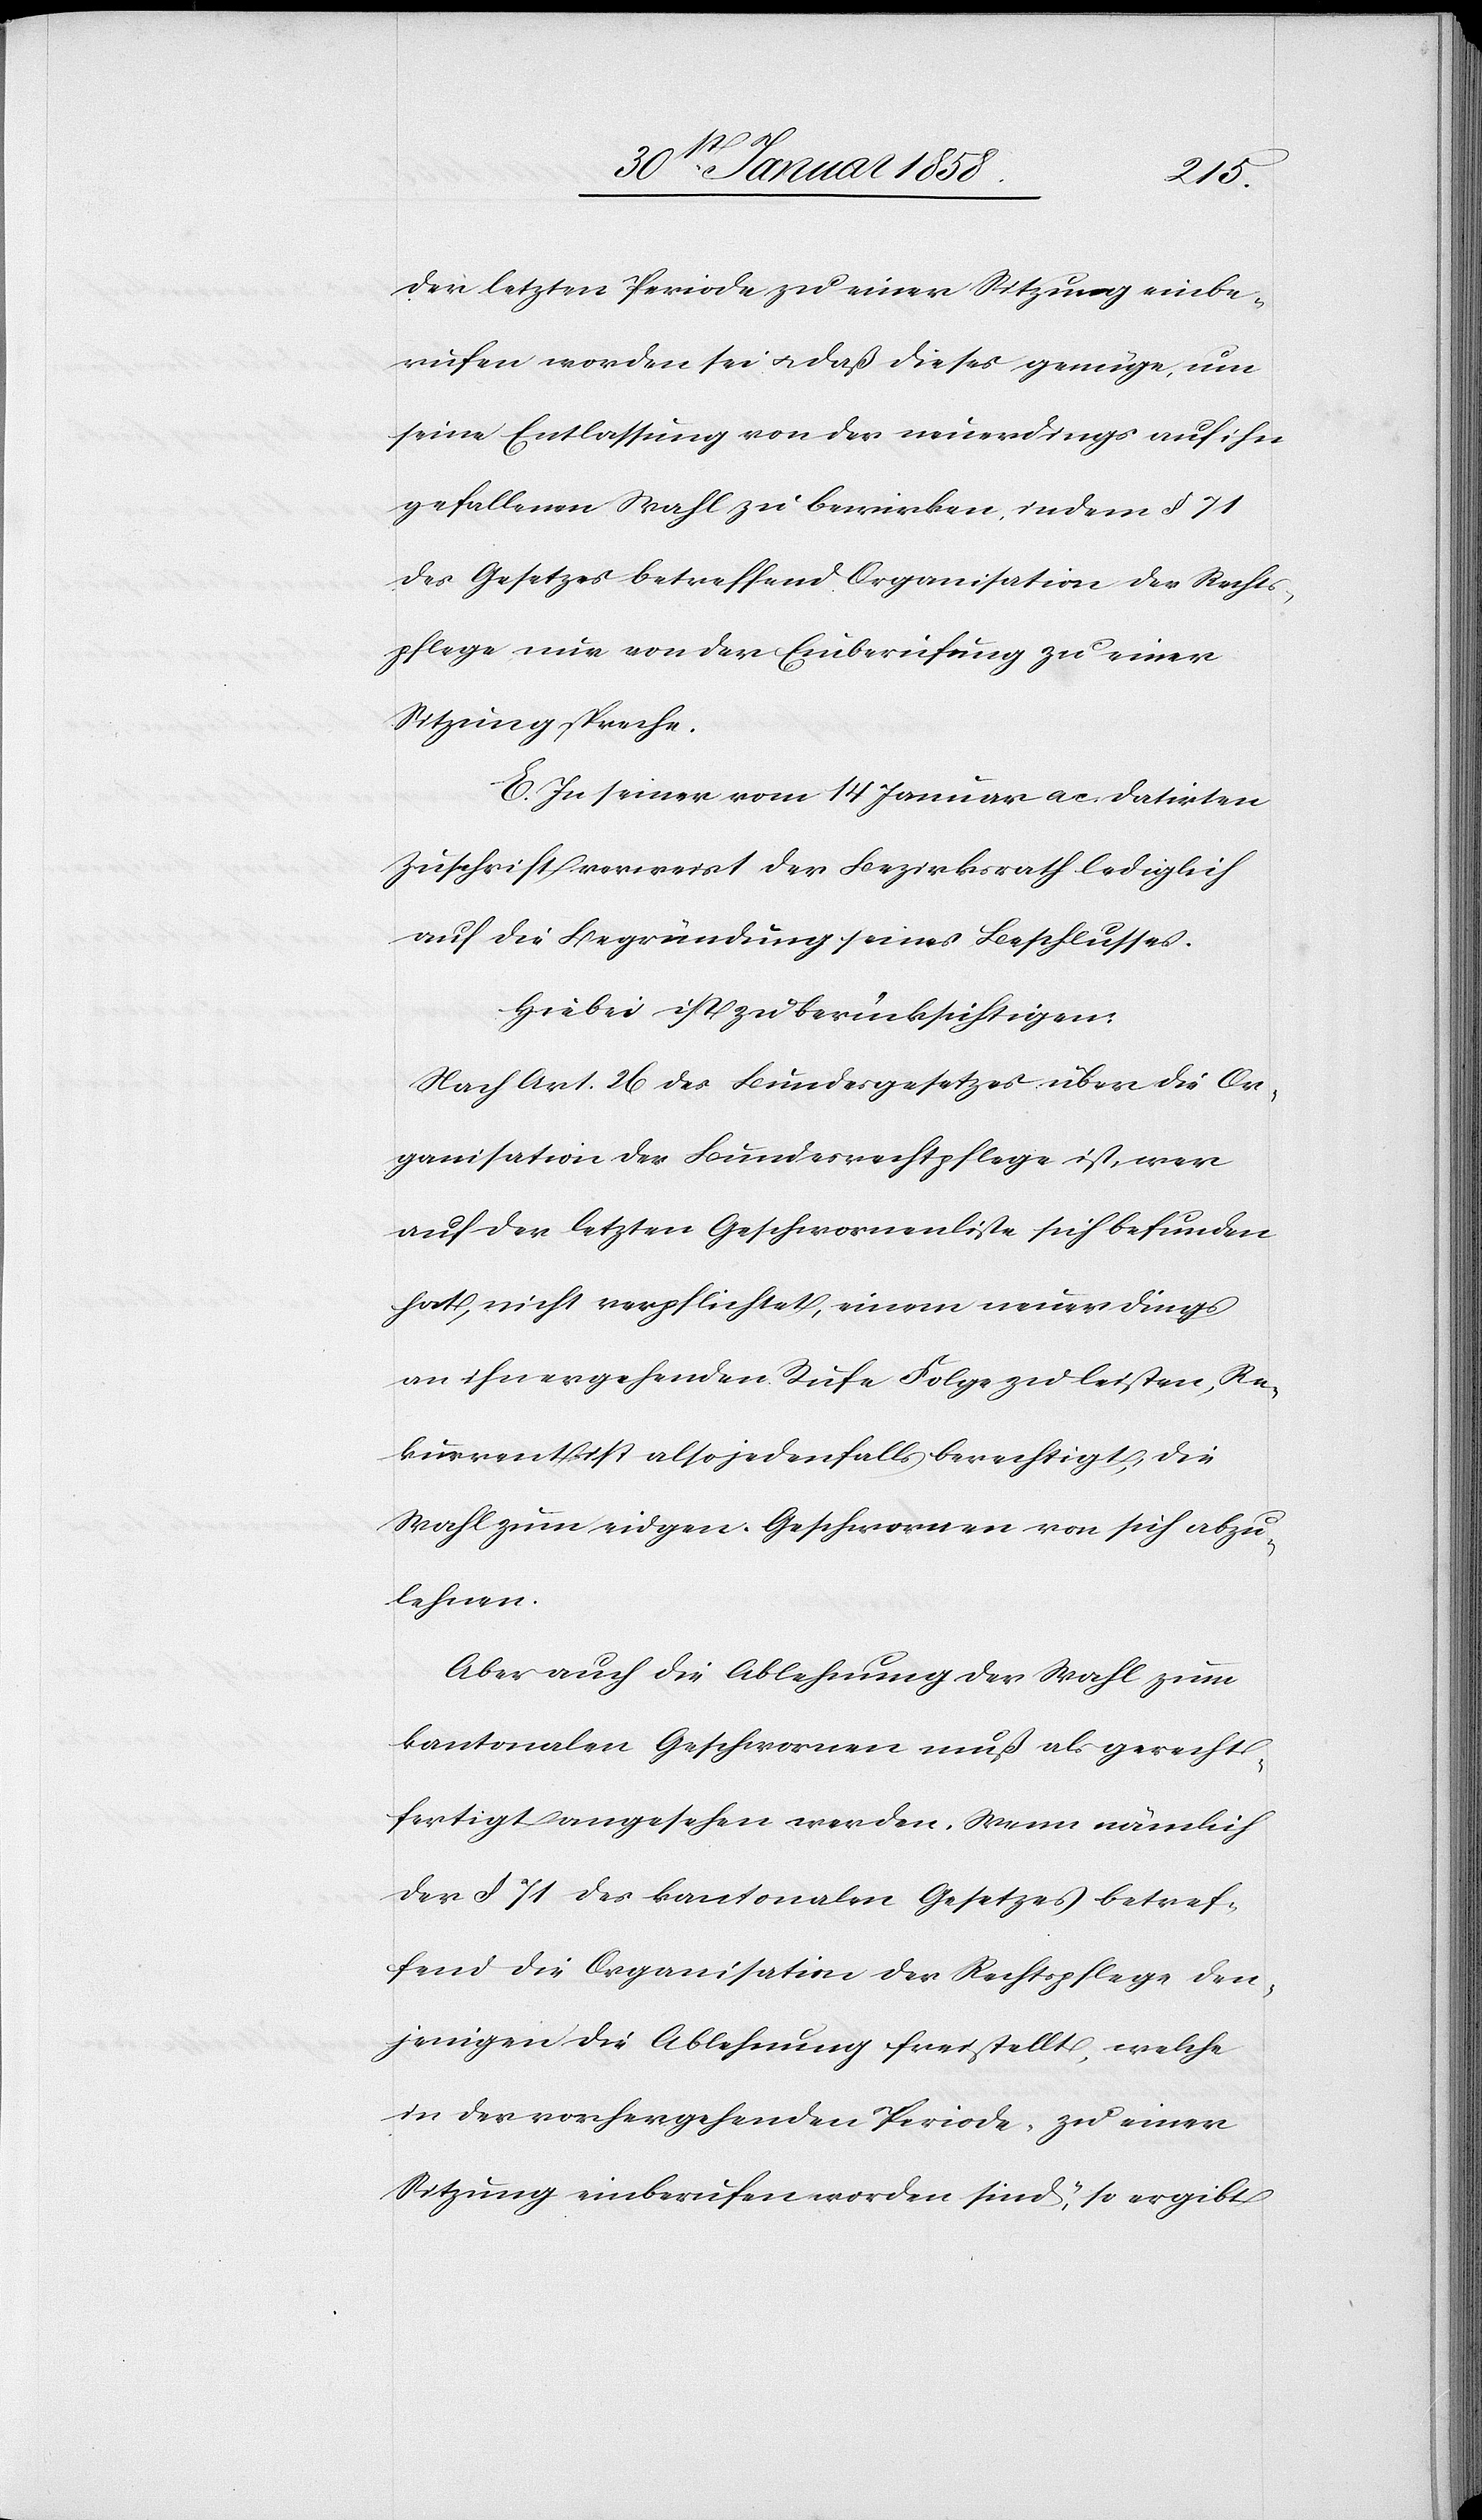
der letzten Periode zu einer Sitzung einbe¬
rufen worden sei u. daß dieses genüge, um
seine Entlassung von der neuerdings auf ihn
gefallenen Wahl zu bewirken, indem § 71
des Gesetzes betreffend Organisation der Rechts¬
pflege nur von der Einberufung zu einer
Sitzung spreche.
E. In seiner vom 14 Januar a. c. datirten
Zuschrift verweist der Bezirksrath lediglich
auf die Begründung seines Beschlusses.
Hiebei ist zu berücksichtigen:
Nach Art. 26 des Bundesgesetzes über die Or¬
ganisation der Bundesrechtspflege ist, wer
auf der letzten Geschwornenliste sich befunden
hat, nicht verpflichtet, einem neuerdings
an ihn ergehenden Rufe Folge zu leisten, Re¬
kurrent ist also jedenfalls berechtigt, die
Wahl zum eidgen. Geschwornen von sich abzu¬
lehnen.
Aber auch die Ablehnung der Wahl zum
kantonalen Geschwornen muß als gerecht¬
fertigt angesehen werden. Wenn nämlich
der § 71 des kantonalen Gesetzes betref¬
fend die Organisation der Rechtspflege den¬
jenigen die Ablehnung freistellt, welche
in der vorhergehenden Periode „zu einer
Sitzung einberufen worden sind“, so ergibt